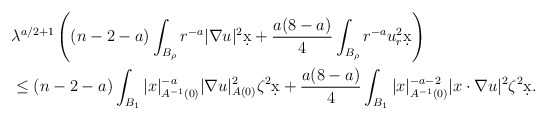
\begin{align*}&\lambda^{a/2 + 1}\left( (n-2-a)\int_{B_{\rho}} r^{-a} |\nabla u|^2 \d x + \frac{a(8-a)}{4} \int_{B_{\rho}} r^{-a} u_r^2 \d x\right)\\&\leq (n-2-a) \int_{B_1} |x|_{A^{-1}(0)}^{-a} |\nabla u|_{A(0)}^2 \zeta^2 \d x + \dfrac{a(8-a)}{4} \int_{B_1} |x|_{A^{-1}(0)}^{-a-2} |x \cdot \nabla u |^2 \zeta^2 \d x.\end{align*}